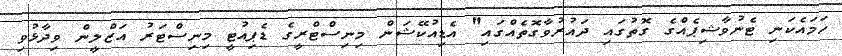
ހަމައެކަނި ޓެނުވާޝިޕެއްގެ ގޮތުގައި ދައުރުވާގޮތެއްގައި" އެޑިއުކޭޝަން މިނިސްޓްރީގެ ޑެޕިއުޓީ މިނިސްޓަރު އަޒްލީން ވިދާޅުވި